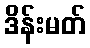
ဒိန်းမတ်